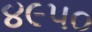
૪૯૫૦